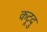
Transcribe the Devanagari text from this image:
कट्रदु